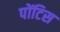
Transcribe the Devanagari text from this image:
पोंटिस